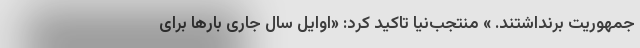
جمهوریت برنداشتند. » منتجب‌نیا تاکید کرد: «اوایل سال جاری بارها برای